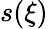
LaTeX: s(\xi)